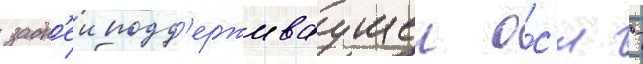
задн'еи подд'ерживаущеи о́с'и -